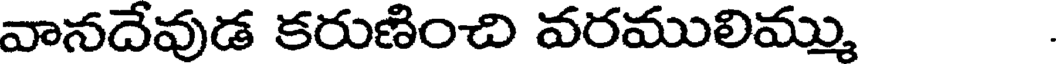
వానదేవుడ కరుణించి వరములిమ్ము